Report of the King Institute of Preventive Medicine, Guindy
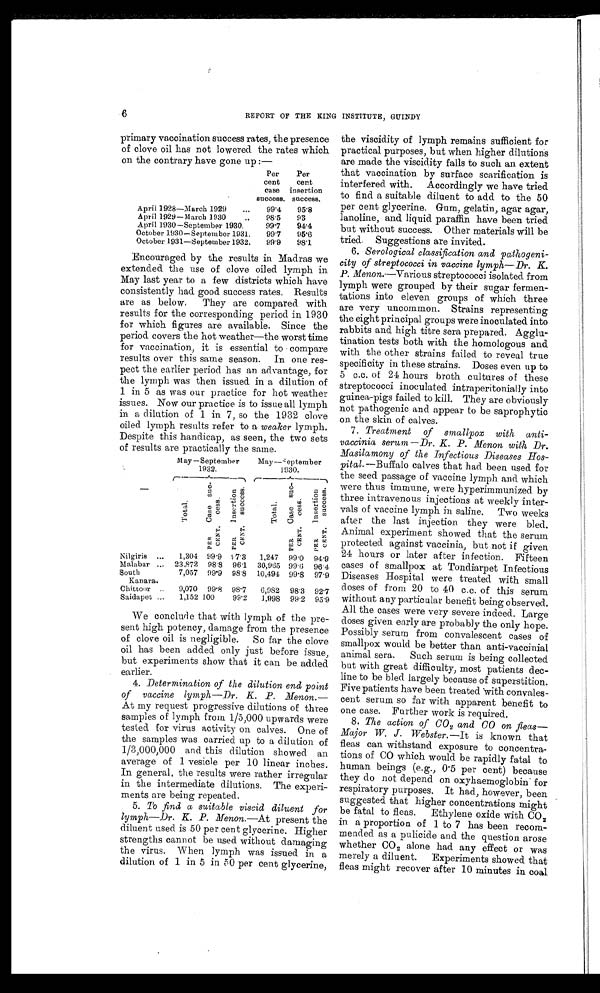
6
REPORT OF THE KING INSTITUTE, GUINDY
primary vaccination success rates, the presence
of clove oil has not lowered the rates which
on the contrary have gone up:—
Per
cent
case
success.
Per
cent
insertion
success.
April 1928—March 1929 . . .
99.4
95.8
April 1929—March 1930 . . .
98.5
93
April 1930—September 1930.
99.7
94.4
October 1930—September 1931.
99.7
95.6
October 1931—September 1932.
99.9
98.1
Encouraged by the results in Madras we
extended the use of clove oiled lymph in
May last year to a few districts which have
consistently had good success rates, Results
are as below. They are compared with
results for the corresponding period in 1930
for which figures are available. Since the
period covers the hot weather—the worst time
for vaccination, it is essential to compare
results over this same season. In one res
-pect the earlier period has an advantage, for
the lymph was then issued in a dilution of
1 in 5 as was our practice for hot weather
issues. Now our practice is to issue all lymph
in a dilution of 1 in 7, so the 1932 clove
oiled lymph results refer to a weaker lymph.
Despite this handicap, as seen, the two sets
of results are practically the same.
—
May—September
1 9 3 2 .
May—September
1930.
T o t a l .
Case
success.
Insert i on success.
T o t a l .
C a s e s u c c e s s .
I n s e r t i o n s u c c e s s .
P E R C E N T .
P E R C E N T .
P E R C E N T .
P E R C E N T .
Nilgiris . . .
1,304 99.9
7.3
1,247
99.0
94.9
Malabar . . .
23,872
9 8 . 8 96.1 30,965
9 9 . 6
96.4
South
Kanara
.
7,057
99.9 98.8 10,494 99.8 97.9
Chittoor . . .
9,070 99.8 98.7
6,982
98.3
92.7
Saidapet . . .
1,152 100
99.2
1,998 99.2 95.9
We conclude that with lymph of the pre
- s e n t h i g h p o t e n c y , d a m a g e f r o m t h e p r e s e n c e
of clove oil is negligible. So far the clove
oil has been added only just before issue,
but experiments show that it can be added
earlier.
4. Determination of the dilution end point
of vaccine lymph—Dr. K. P. Menon.—
At my request progressive dilutions of three
samples of lymph from 1/5,000 upwards were
tested for virus activity on calves. One of
the samples was carried up to a dilution of
1/3,000,000 and this dilution showed an
average of 1 vesicle per 10 linear inches.
In general, the results were rather irregular
in the intermediate dilutions. The experi
-ments are being repeated.
5. To find a suitable viscid diluent for
lymph—Dr. K. P. Menon.— At present the
diluent used is 50 per cent glycerine. Higher
strengths cannot be used without damaging
the virus. When lymph was issued in a
dilution of 1 in 5 in 50 per cent glycerine,
the viscidity of lymph remains sufficient for
practical purposes, but when higher dilutions
are made the viscidity falls to such an extent
that vaccination by surface scarification is
interfered with. Accordingly we have tried
to find a suitable diluent to add to the 50
per cent glycerine. Gum, gelatin, agar agar,
lanoline, and liquid paraffin have been tried
but without success. Other materials will be
tried Suggestions are invited.
6. Serological classification and pathogeni
- c i t y o f s t r e p t o c o c c i i n v a c c i n e l y m p h — D r . K .
P. Menon.—Various streptococci isolated from
lymph were grouped by their sugar fermen
- t a t i o n s i n t o e l e v e n g r o u p s o f w h i c h t h r e e
are very uncommon. Strains representing
the eight principal groups were inoculated into
rabbits and high titre sera prepared. Agglu
-tination tests both with the homologous and
with the other strains failed to reveal true
specificity in these strains. Doses even up to
5 c.c. of 24 hours broth cultures of these
streptococci inoculated intraperitonially into
guinea-pigs failed to kill. They are obviously
not pathogenic and appear to be saprophytic
on the skin of calves.
7. Treatment of smallpox with anti
-vaccinia serum—Dr. K. P. Menon with Dr.
Masilamony of the Infectious Diseases Hos
- pital.—Buffalo calves that had been used for
the seed passage of vaccine lymph and which
were thus immune, were hyperimmunized by
three intravenous injections at weekly inter
-vals of vaccine lymph in saline. Two weeks
after the last injection they were bled.
Animal experiment showed that the serum
protected against vaccinia, but not if given
24 hours or later after infection. Fifteen
cases of smallpox at Tondiarpet Infectious
Diseases Hospital were treated with small
doses of from 20 to 40 c.c. of this serum
without any particular benefit being observed.
All the cases were very severe indeed. Large
doses given early are probably the only hope.
Possibly serum from convalescent cases of
smallpox would be better than anti-vaccinial
animal sera. Such serum is being collected
but with great difficulty, most patients dec
-line to be bled largely because of superstition.
Five patients have been treated with convales
-cent serum so far with apparent benefit to
one case. Further work is required.
8.
The action of CO2 and CO on, fleas
—Major W. J. Webster.— It is known that
fleas can withstand exposure to concentra
-tions of CO which would be rapidly fatal to
human beings (e.g., 0.5 per cent) because
they do not depend on oxyhaemoglobin for
respiratory purposes. It had, however, been
suggested that higher concentrations might
be fatal to fleas. Ethylene oxide with COz
in a proportion of 1 to 7 has been recom
-mended as a pulicide and the question arose
whether COz alone had any effect or was
merely a diluent. Experiments showed that
fleas might recover after 10 minutes in coal